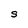
Character: S